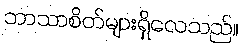
ဘာသာစိတ်များရှိလေသည်။